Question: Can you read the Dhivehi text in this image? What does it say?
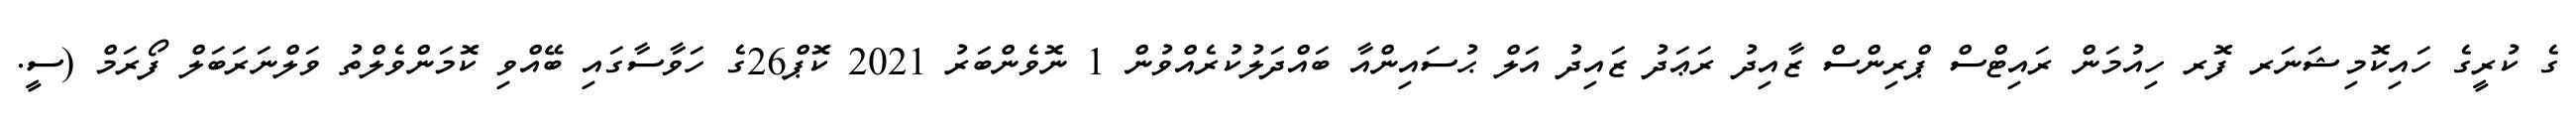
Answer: ގެ ކުރީގެ ހައިކޮމިޝަނަރ ފޮރ ހިއުމަން ރައިޓްސް ޕްރިންސް ޒާއިދު ރަޢަދު ޒައިދު އަލް ޙުސައިންއާ ބައްދަލުކުރެއްވުން 1 ނޮވެންބަރު 2021 ކޮޕް26ގެ ހަވާސާގައި ބޭއްވި ކޮމަންވެލްތު ވަލްނަރަބަލް ފޯރަމް (ސީ.